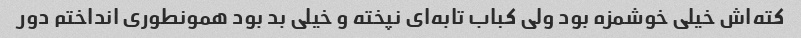
کته‌اش خیلی خوشمزه بود ولی کباب تابه‌ای نپخته و خیلی بد بود همونطوری انداختم دور